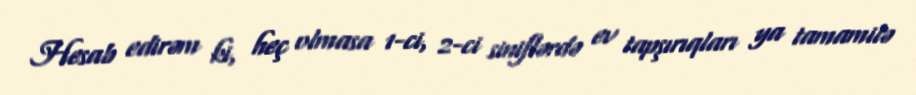
Hesab edirəm ki, heç olmasa 1-ci, 2-ci siniflərdə ev tapşırıqları ya tamamilə